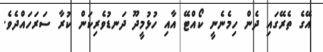
އޭގެ ތެރޭގައި ދެން ހިމެނެނީ ކޯއްޓޭ އާއި ހުޅުމީދޫ ދަނޑުވެރިކަން ކުރާ ސަރަހައްދެވެ.